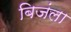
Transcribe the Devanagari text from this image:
बिजंला